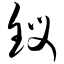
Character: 钗